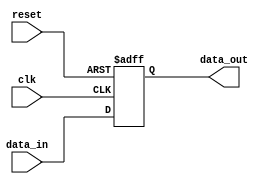
module open_drain_buffer (
    input wire clk,
    input wire reset,
    input wire data_in,
    output reg data_out
);

always @(posedge clk or posedge reset) begin
    if (reset) begin
        data_out <= 1'b0;
    end else begin
        data_out <= data_in;
    end
end

endmodule